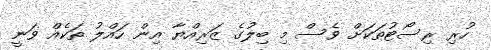
ހުރި ރިސޯޓުތަކަށް ވެސް މި ބިލުގެ ޒަރިއްޔާ އިން ހައްލު ތަކެއް ވަނީ